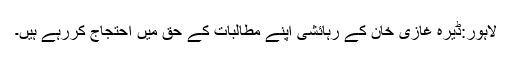
لاہور:ڈیرہ غازی خان کے رہائشی اپنے مطالبات کے حق میں احتجاج کررہے ہیں۔